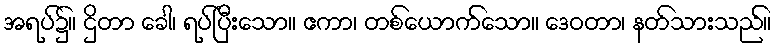
အရပ်၌။ ဌိတာ ခေါ၊ ရပ်ပြီးသော။ ဧကာ၊ တစ်ယောက်သော။ ဒေဝတာ၊ နတ်သားသည်။